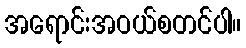
အရောင်းအဝယ်စတင်ပါ။